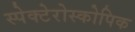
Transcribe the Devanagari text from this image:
स्पेक्टेरोस्कोपिक